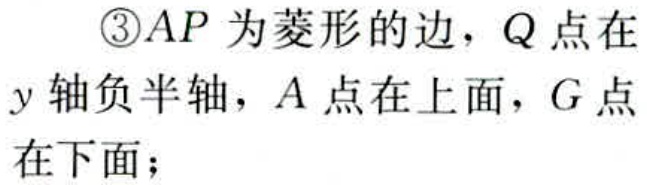
\textcircled{3}$AP$ 为菱形的边，$Q$ 点在$y$ 轴负半轴，$A$ 点在上面，$G$ 点在下面；